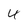
Character: 4